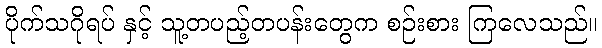
ပိုက်သဂိုရပ် နှင့် သူ့တပည့်တပန်းတွေက စဉ်းစား ကြလေသည်။